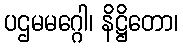
ပဌမမဂ္ဂေါ၊ နိဋ္ဌိတော၊